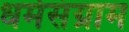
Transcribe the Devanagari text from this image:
धर्मसंग्राम